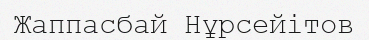
Жаппасбай Нұрсейітов